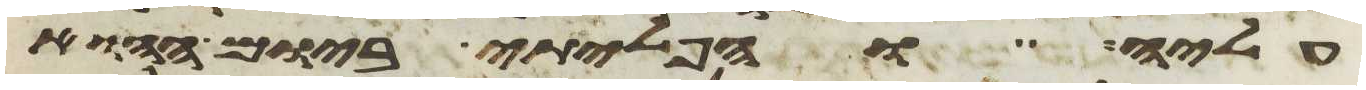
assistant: עליה והפליתי ביום ההוא